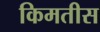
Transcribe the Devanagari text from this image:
किमतीस